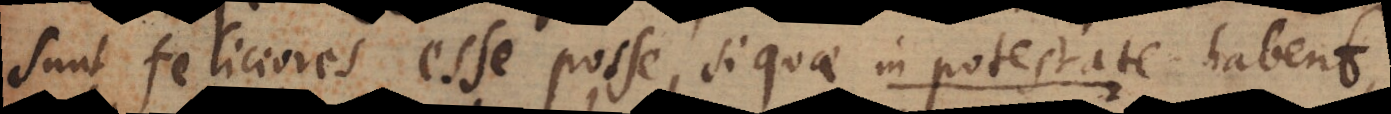
sunt feliciores esse posse, si quae in potestate habent,